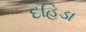
દહિડા